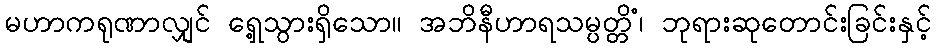
မဟာကရုဏာလျှင် ရှေ့သွားရှိသော။ အဘိနီဟာရသမ္ပတ္တိံ၊ ဘုရားဆုတောင်းခြင်းနှင့်